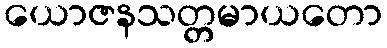
ယောဇနသတ္တမာယတော